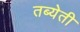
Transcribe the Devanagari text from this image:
तब्येती